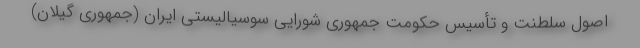
اصول سلطنت و تأسیس حکومت جمهوری شورایی سوسیالیستی ایران (جمهوری گیلان)